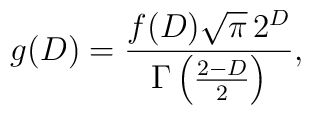
g(D)=\frac{f(D)\sqrt{\pi}\,2^{D}}{\Gamma\left(\frac{2-D}{2}\right)},